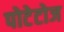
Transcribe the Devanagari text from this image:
पोटेटोज